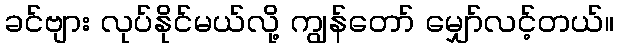
ခင်ဗျား လုပ်နိုင်မယ်လို့ ကျွန်တော် မျှော်လင့်တယ်။